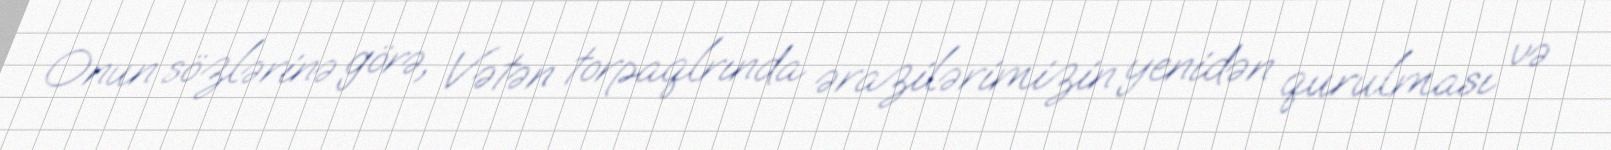
Onun sözlərinə görə, Vətən torpaqlrında ərazilərimizin yenidən qurulması və